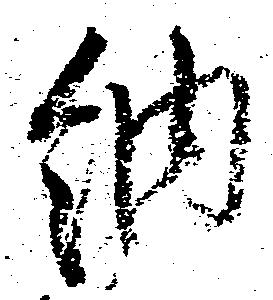
納